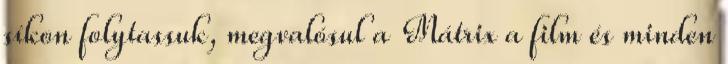
síkon folytassuk, megvalósul a Mátrix a film és minden